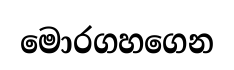
මොරගහගෙන